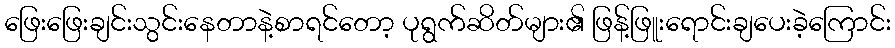
ဖြေးဖြေးချင်းသွင်းနေတာနဲ့စာရင်တော့ ပုရွက်ဆိတ်များ၏ ဖြန့်ဖြူးရောင်းချပေးခဲ့ကြောင်း